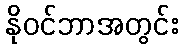
နိုဝင်ဘာအတွင်း